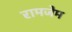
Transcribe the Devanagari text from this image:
रामजेम